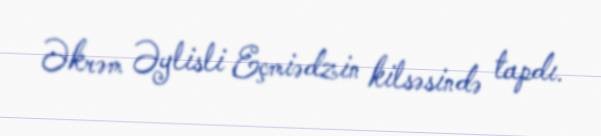
Əkrəm Əylisli Eçmiədzin kilsəsində tapdı.